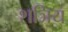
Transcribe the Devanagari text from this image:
शञिय